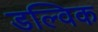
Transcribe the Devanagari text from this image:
डल्विक